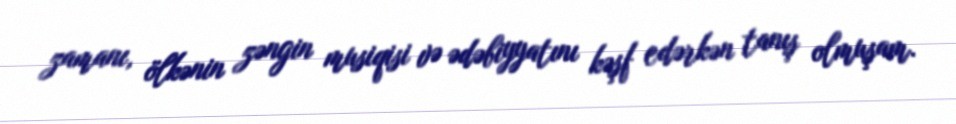
zamanı, ölkənin zəngin musiqisi və ədəbiyyatını kəşf edərkən tanış olmuşam.